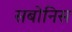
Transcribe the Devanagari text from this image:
सबोनिस